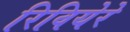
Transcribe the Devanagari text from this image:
रिवियेरे